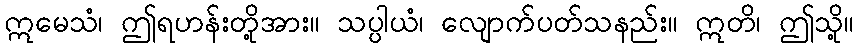
ဣမေသံ၊ ဤရဟန်းတို့အား။ သပ္ပါယံ၊ လျောက်ပတ်သနည်း။ ဣတိ၊ ဤသို့။